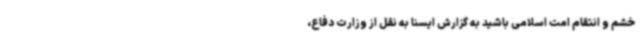
خشم و انتقام امت اسلامی باشید به گزارش ایسنا به نقل از وزارت دفاع،